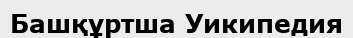
Башқұртша Уикипедия